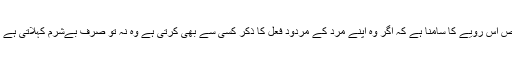
ہمارے معاشرے میں عورتوں کو بالخصوص اس رویے کا سامنا ہے کہ اگر وہ اپنے مرد کے مردود فعل کا ذکر کسی سے بھی کرتی ہے وہ نہ تو صرف بےشرم کہلاتی ہے بلکہ پھر شوہر بھی اس کو قبول نہیں کرتا۔